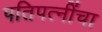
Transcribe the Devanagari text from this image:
पतिपत्‍नींचा